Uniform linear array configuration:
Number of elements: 16
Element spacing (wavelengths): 0.25
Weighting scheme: exponential
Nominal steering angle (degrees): -30
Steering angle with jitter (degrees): -31.119
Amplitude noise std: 0.05
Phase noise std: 0.05

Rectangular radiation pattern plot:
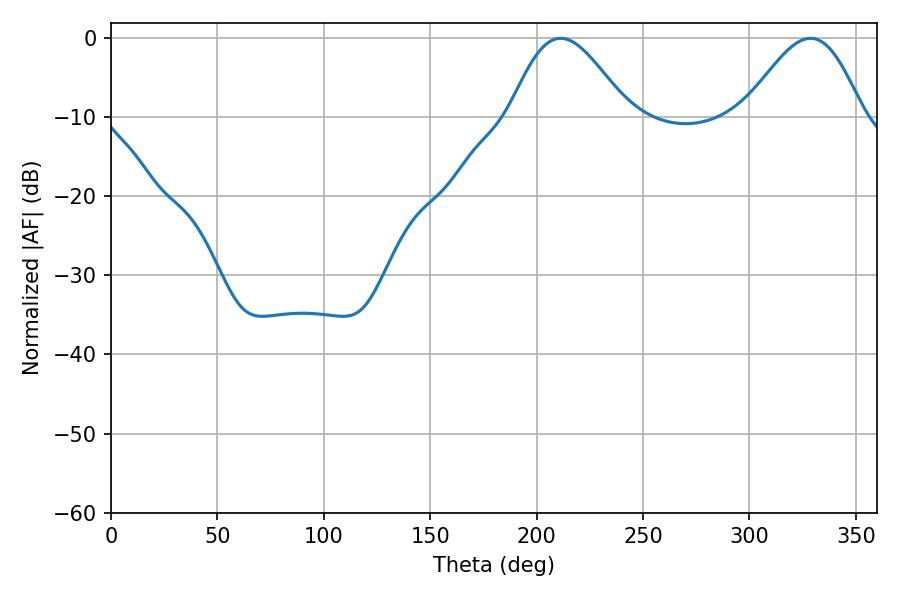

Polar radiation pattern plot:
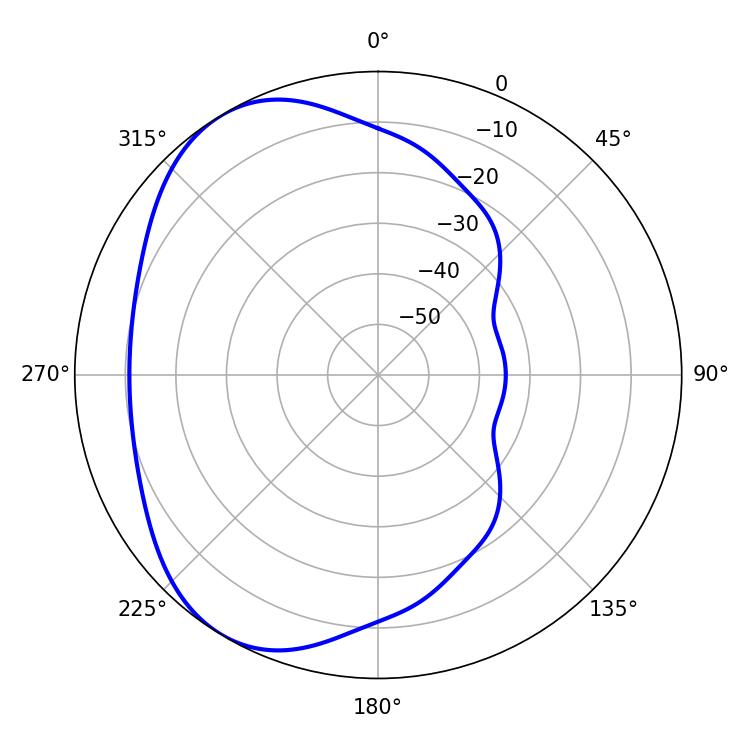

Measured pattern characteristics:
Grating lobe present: FALSE
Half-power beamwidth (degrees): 29.7
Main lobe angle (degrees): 211.32